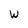
Character: W